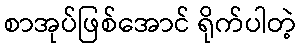
စာအုပ်ဖြစ်အောင် ရိုက်ပါတဲ့